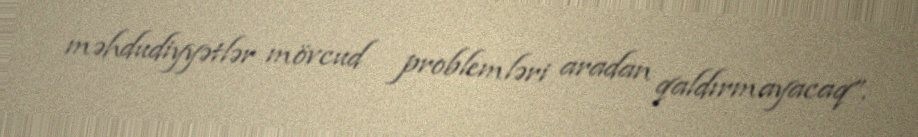
məhdudiyyətlər mövcud problemləri aradan qaldırmayacaq”.